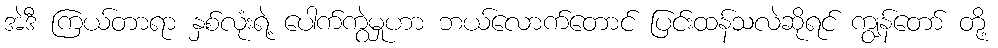
အဲဒီ ကြယ်တာရာ နှစ်လုံးရဲ့ ပေါက်ကွဲမှုဟာ ဘယ်လောက်တောင် ပြင်းထန်သလဲဆိုရင် ကျွန်တော် တို့